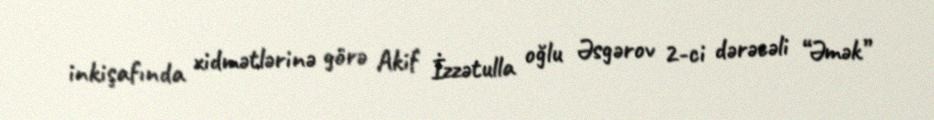
inkişafında xidmətlərinə görə Akif İzzətulla oğlu Əsgərov 2-ci dərəcəli “Əmək”